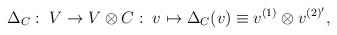
\begin{align*}\Delta _{C} : \; V \rightarrow V \otimes C:\;v \mapsto \Delta _{C}(v) \equiv v^{(1)} \otimes v^{(2)'},\end{align*}